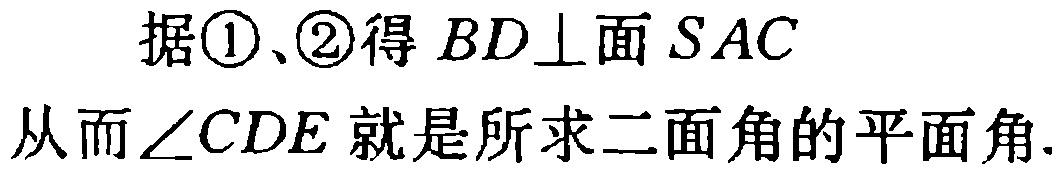
据\textcircled{1}、\textcircled{2}得 \(BD\perp\)面 \(SAC\)

从而\(\angle CDE\)就是所求二面角的平面角.